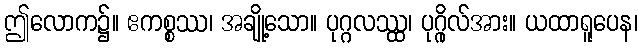
ဤလောက၌။ ဧကစ္စဿ၊ အချို့သော။ ပုဂ္ဂလဿ္ထ၊ ပုဂ္ဂိုလ်အား။ ယထာရူပေန၊